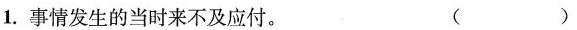
1.事情发生的当时来不及应付。（ ）